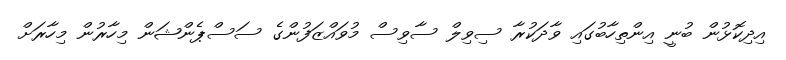
އިދިކޮޅުން ބުނީ އިންތިހާބުގައި ވާދަކުރާ ސިވިލް ސާވިސް މުވައްޒަފުންގެ ސަސްޕެންޝަން މިހާރުން މިހާރަށް